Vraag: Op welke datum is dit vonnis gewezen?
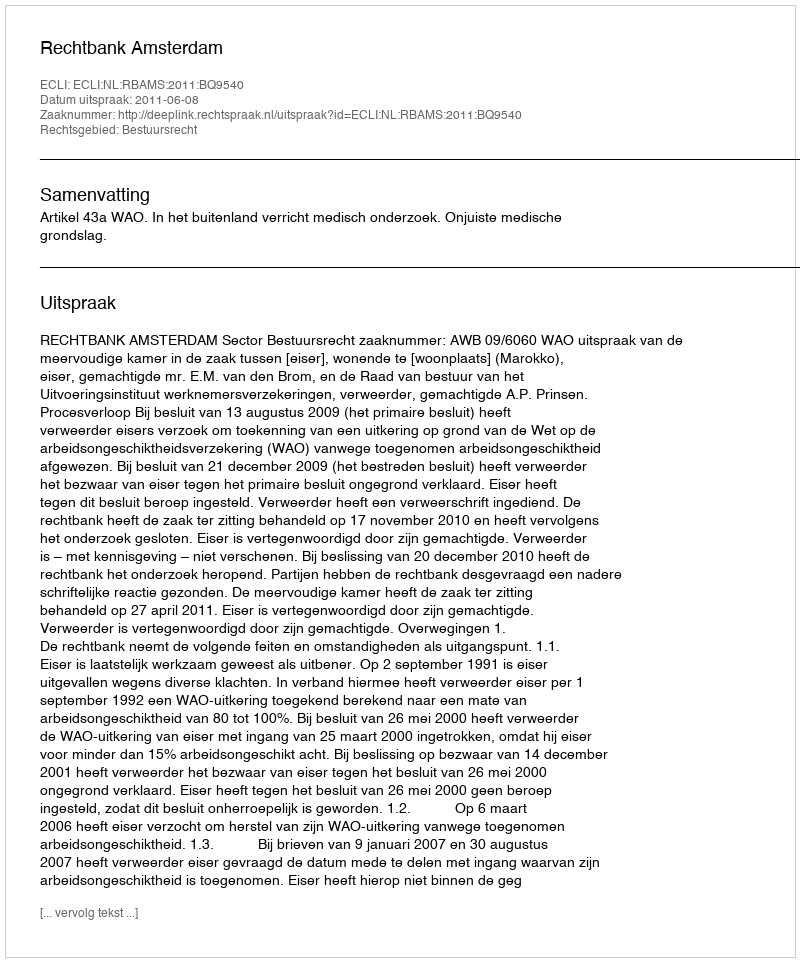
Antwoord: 2011-06-08